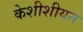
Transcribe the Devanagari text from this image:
केशीशीयन